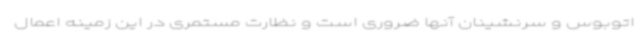
اتوبوس و سرنشینان آنها ضروری است و نظارت مستمری در این زمینه اعمال